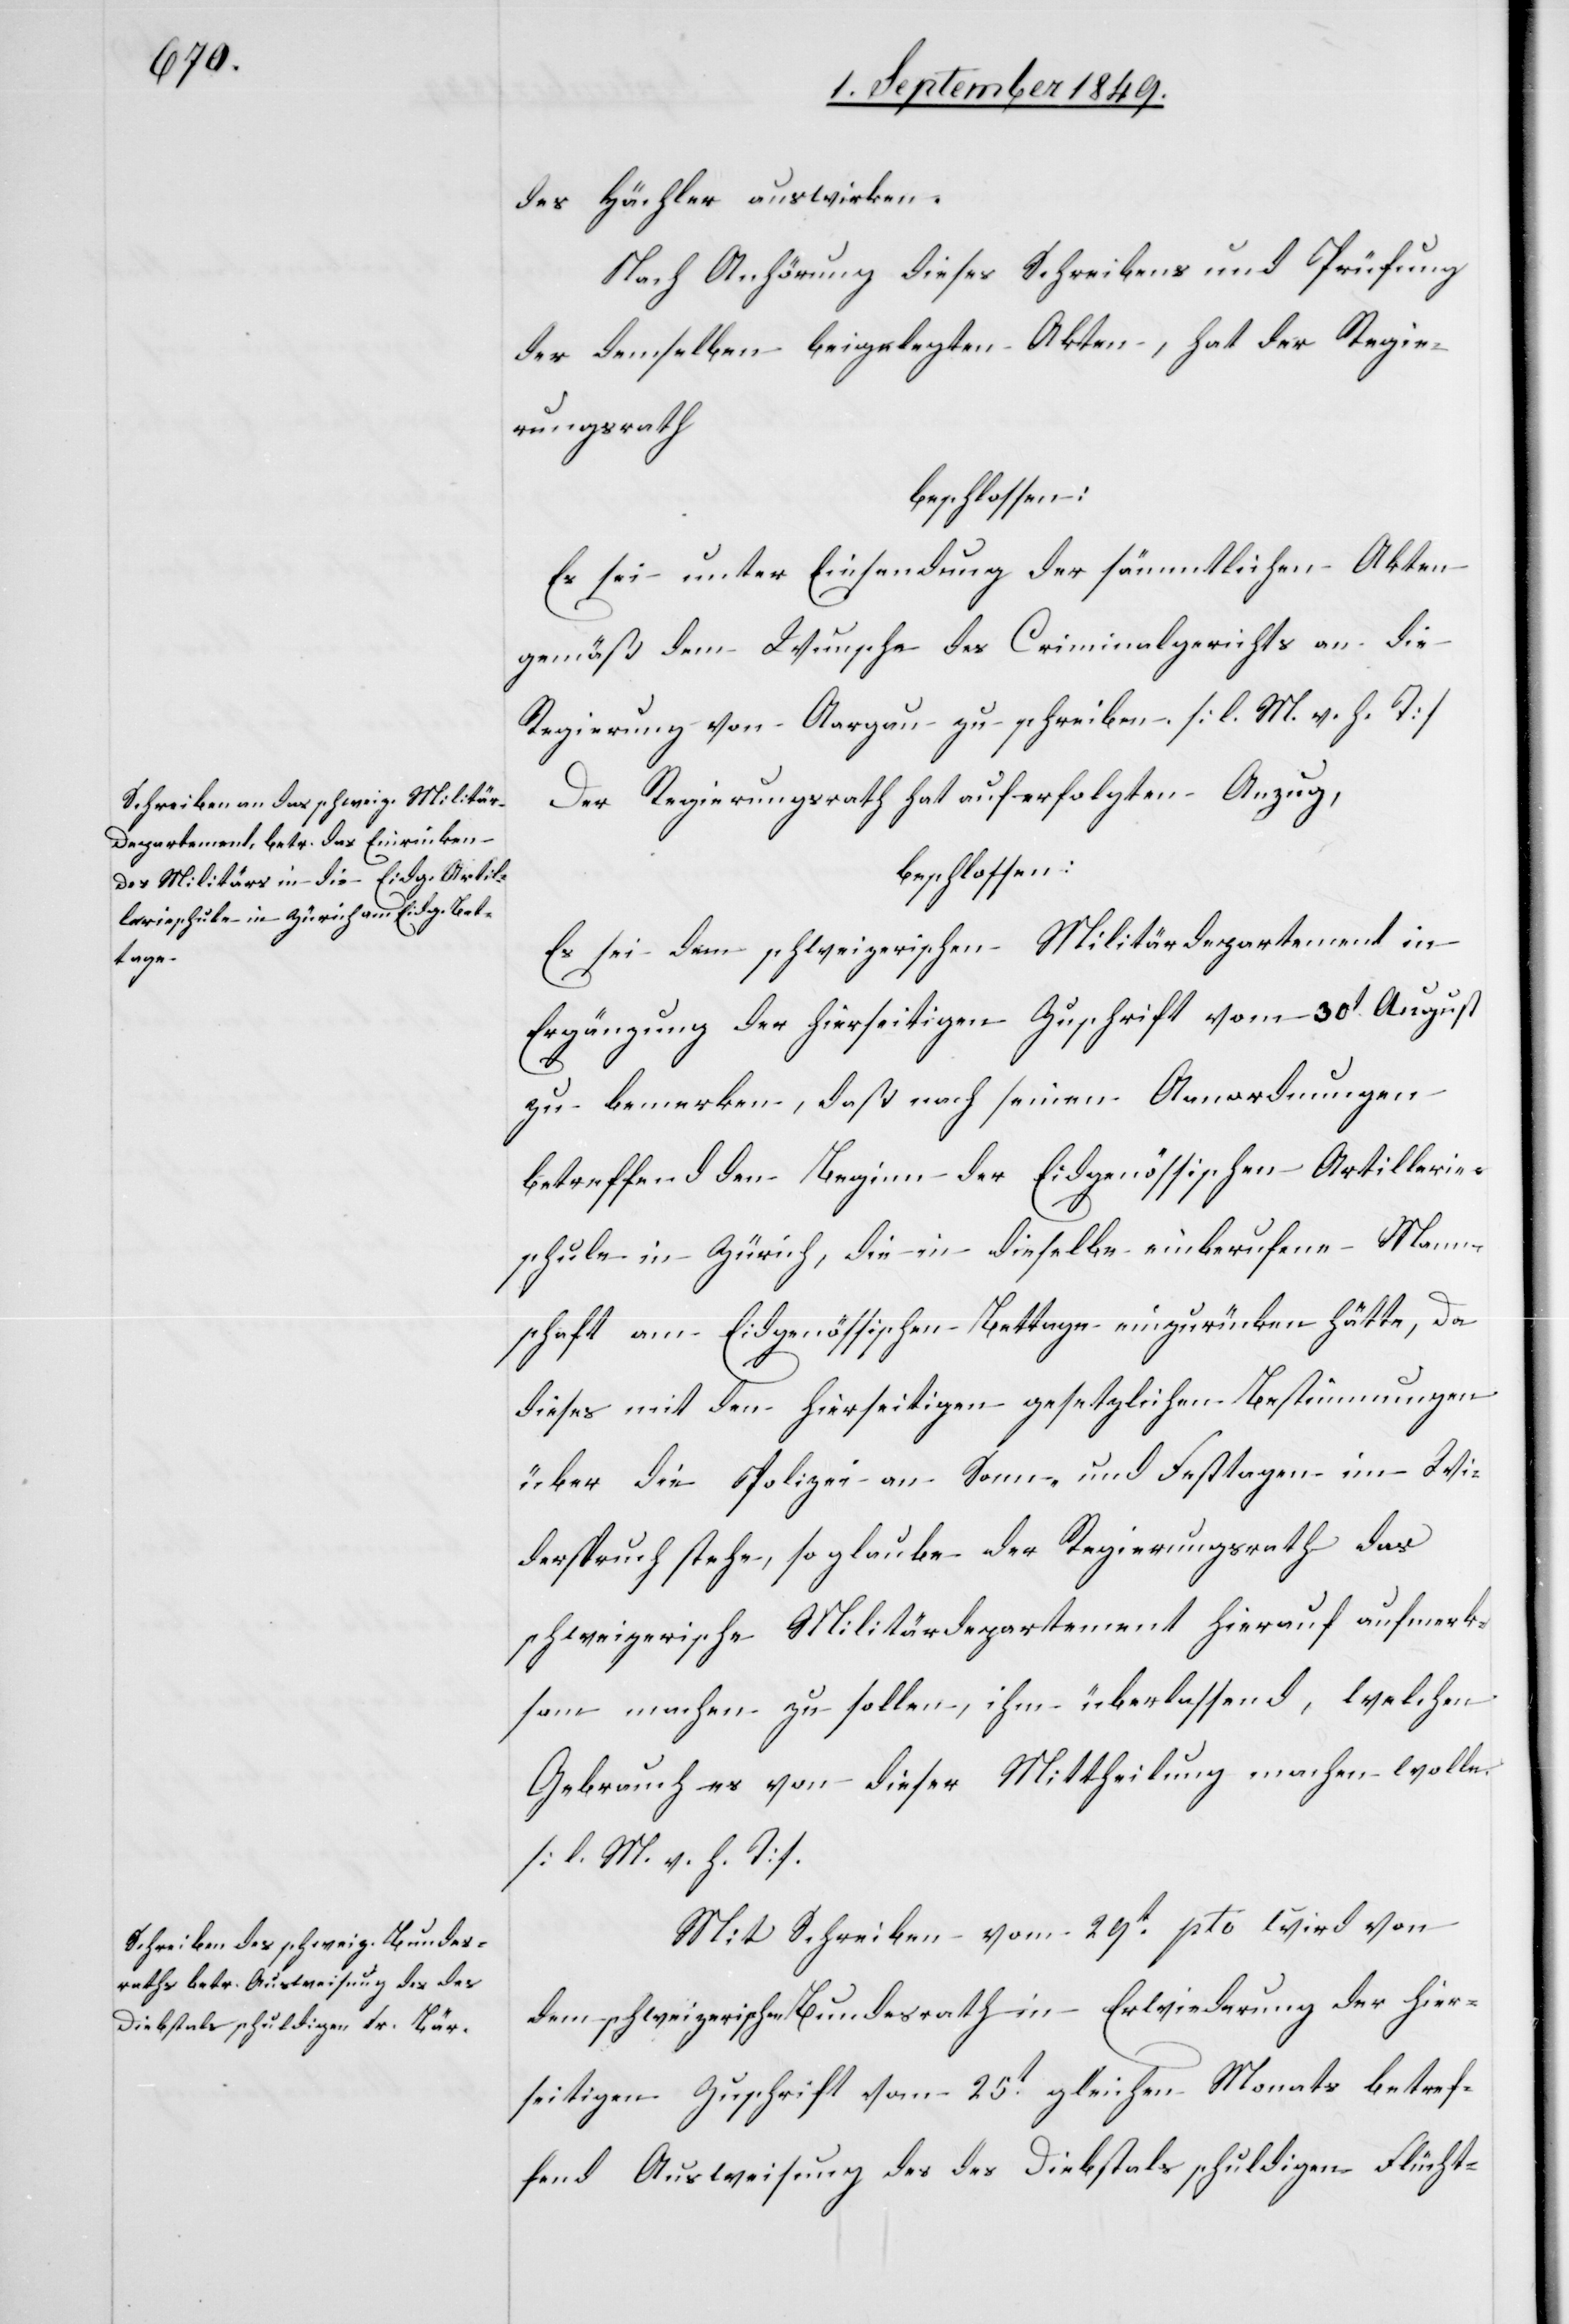
des Hächler auswirken.
Nach Anhörung dieses Schreibens und Prüfung
der demselben beigelegten Akten, hat der Regie¬
rungsrath
beschlossen:
Es sei unter Einsendung der sämmtlichen Akten
gemäß dem Wunsche des Criminalgerichts an die
Regierung von Aargau zu schreiben. [l. M. v. h. T]
Der Regierungsrath hat auf erfolgten Anzug,
beschlossen:
Es sei dem schweizerischen Militärdepartement in
Ergänzung der hierseitigen Zuschrift vom 30t August
zu bemerken, daß nach seinen Anordnungen
betreffend den Beginn der Eidgenössischen Artillerie¬
schule in Zürich, die in dieselbe einberufene Mann¬
schaft am Eidgenössischen Bettage einzurücken hätte, da
dieses mit den hierseitigen gesetzlichen Bestimmungen
über die Polizei an Sonn- und Festtagen im Wi¬
derspruch stehe, so glaube der Regierungsrath das
schweizerische Militärdepartement hierauf aufmerk¬
sam machen zu sollen, ihm überlassend, welchen
Gebrauch es von dieser Mittheilung machen wolle.
[l. M. v. h. T]
Mit Schreiben vom 29t pto wird von
dem schweizerischen Bundesrath in Erwiederung der hier¬
seitigen Zuschrift vom 25t gleichen Monats betref¬
fend Ausweisung des des Diebstals schuldigen Flücht-